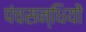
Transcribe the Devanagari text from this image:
पंचसन्धियों